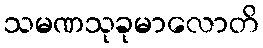
သမဏသုခုမာလောတိ